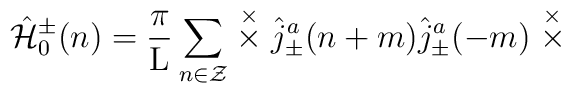
\hat{\cal H}_{0}^{\pm}(n) = \frac{\pi}{\rm L}\sum_{n \in \cal Z} \stackrel{\times}{\times}\hat{j}_{\pm}^a(n+m) \hat{j}_{\pm}^a(-m)\stackrel{\times}{\times}